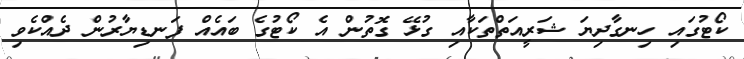
ކޯޓުގައި ހިނގާދިޔަ ޝަރީއަތްތަކާއި ގުޅޭ ގޮތުން އެ ކޯޓުގެ ބައެއް ފަނޑިޔާރުން ދެއްކެވި